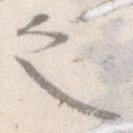
之